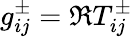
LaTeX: g_{ij}^{\pm}=\Re T_{ij}^{\pm}